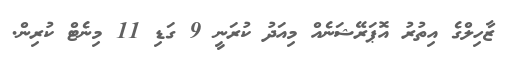
ޒާހިލްގެ އިތުރު އޮޕަރޭޝަނެއް މިއަދު ކުރަނީ 9 ގަޑި 11 މިނެޓް ކުރިން.